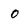
Character: 0